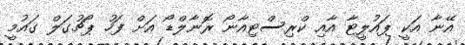
އޭނާ އަކީ ޕައުލީޓާ އާއި ކްރިސްޓިއާނޯ ރޮނާލްޑޯ އަށް ފަހު ޕޯޗުގަލް ގައުމީ